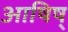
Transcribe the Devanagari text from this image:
आषिष्